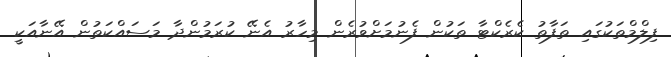
ފިލްމްތަކުގައި ތަފާތު ކެރެކްޓާ ތަކުން ފެނުމަށްވުރެން މިހާރު އެނޭ ކުރަމުންދާ މަސައްކަތުން އޭނާއަކީ